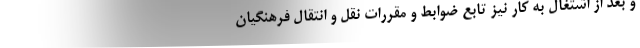
و بعد از اشتغال به کار نیز تابع ضوابط و مقررات نقل و انتقال فرهنگیان